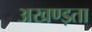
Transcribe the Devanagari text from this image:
अखण्ड़ता